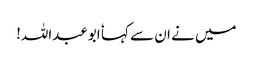
میں نے ان سے کہا ٗ ابوعبداللہ!